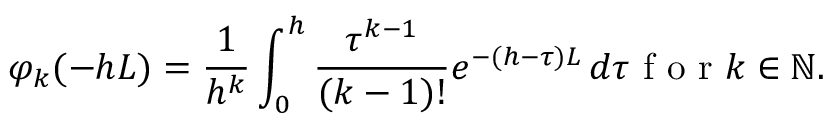
\varphi _ { k } ( - h L ) = \frac { 1 } { h ^ { k } } \int _ { 0 } ^ { h } \frac { \tau ^ { k - 1 } } { ( k - 1 ) ! } e ^ { - ( h - \tau ) L } \, d \tau \mathrm { ~ f ~ o ~ r ~ } k \in { \mathbb N } .